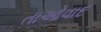
તાઓવાદ